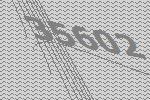
35602